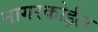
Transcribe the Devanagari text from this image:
नागरकोईल